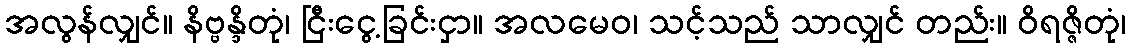
အလွန်လျှင်။ နိဗ္ဗန္ဒိတုံ၊ ငြီးငွေ့ခြင်းငှာ။ အလမေဝ၊ သင့်သည် သာလျှင် တည်း။ ဝိရဇ္ဇိတုံ၊